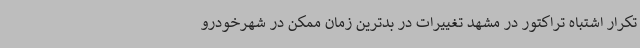
تکرار اشتباه تراکتور در مشهد تغییرات در بدترین زمان ممکن در شهرخودرو